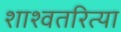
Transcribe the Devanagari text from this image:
शाश्वतरित्या